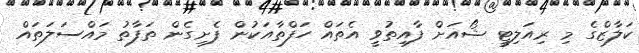
ކަލާޒްގެ މި ރިއަލިޓީ ޝޯއަށް ފާއިތުވީ އެތައް ހަފްތާއަކުން ފެށިގެން ތަފާތު މައްސަލަތައް